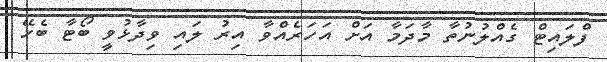
ފްލައިޓް ގެއްލުނުތާ މާދަމާ އަށް އަހަރެއްވާ އިރު ލައި ވިދާޅުވީ ބޯޓާ ބެހޭ